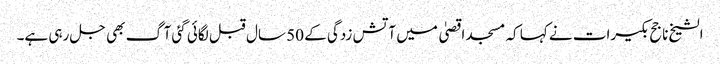
الشیخ ناجح بکیرات نے کہا کہ مسجد اقصیٰ میں آتش زدگی کے 50 سال قبل لگائی گئی آگ بھی جل رہی ہے۔